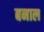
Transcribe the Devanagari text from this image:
बनाल